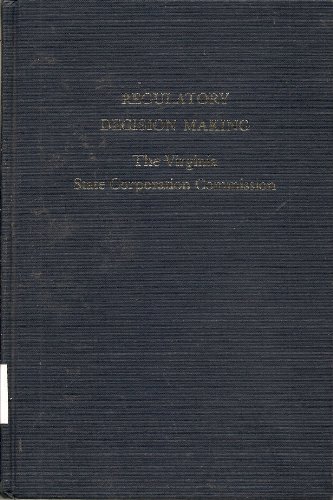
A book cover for Regulatory Decision Making: The Virginia State Corporation Commission; Laurence J. O'Toole; Law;